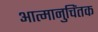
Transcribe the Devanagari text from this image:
आत्मानुचिंतक